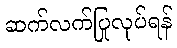
ဆက်လက်ပြုလုပ်ရန်